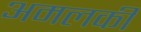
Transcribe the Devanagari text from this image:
अमलकी